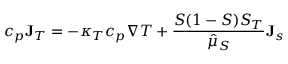
c _ { p } { \bf J } _ { T } = - \kappa _ { T } c _ { p } \nabla T + \frac { S ( 1 - S ) S _ { T } } { \hat { \mu } _ { S } } { \bf J } _ { s }